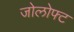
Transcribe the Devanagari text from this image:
जोलोफ्ट